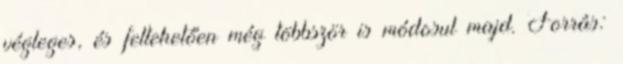
végleges, és feltehetően még többször is módosul majd. Forrás: